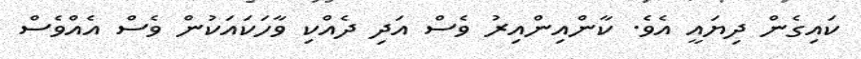
ކައިގެން ދިޔައީ އެވެ. ކާންއިންއިރު ވެސް އަދި ދެއްކި ވާހަކައަކުން ވެސް އެއްވެސް